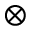
\otimes